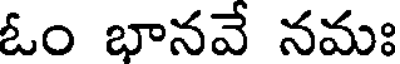
ఓం భానవే నమః